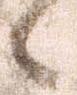
候